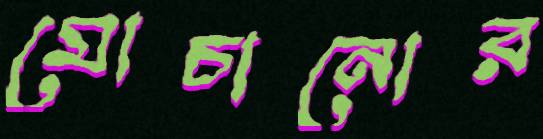
মোচানোর